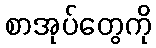
စာအုပ်တွေကို